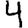
Digit: 4